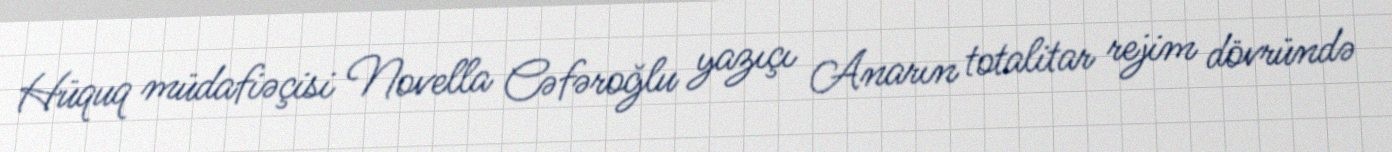
Hüquq müdafiəçisi Novella Cəfəroğlu yazıçı Anarın totalitar rejim dövründə